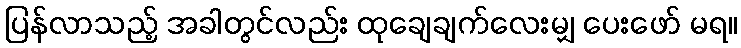
ပြန်လာသည့် အခါတွင်လည်း ထုချေချက်လေးမျှ ပေးဖော် မရ။